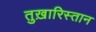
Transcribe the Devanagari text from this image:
तुख़ारिस्तान